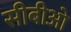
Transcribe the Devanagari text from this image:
सीबीओ